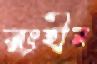
রংহীন